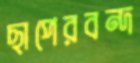
ছাপেরবন্দ